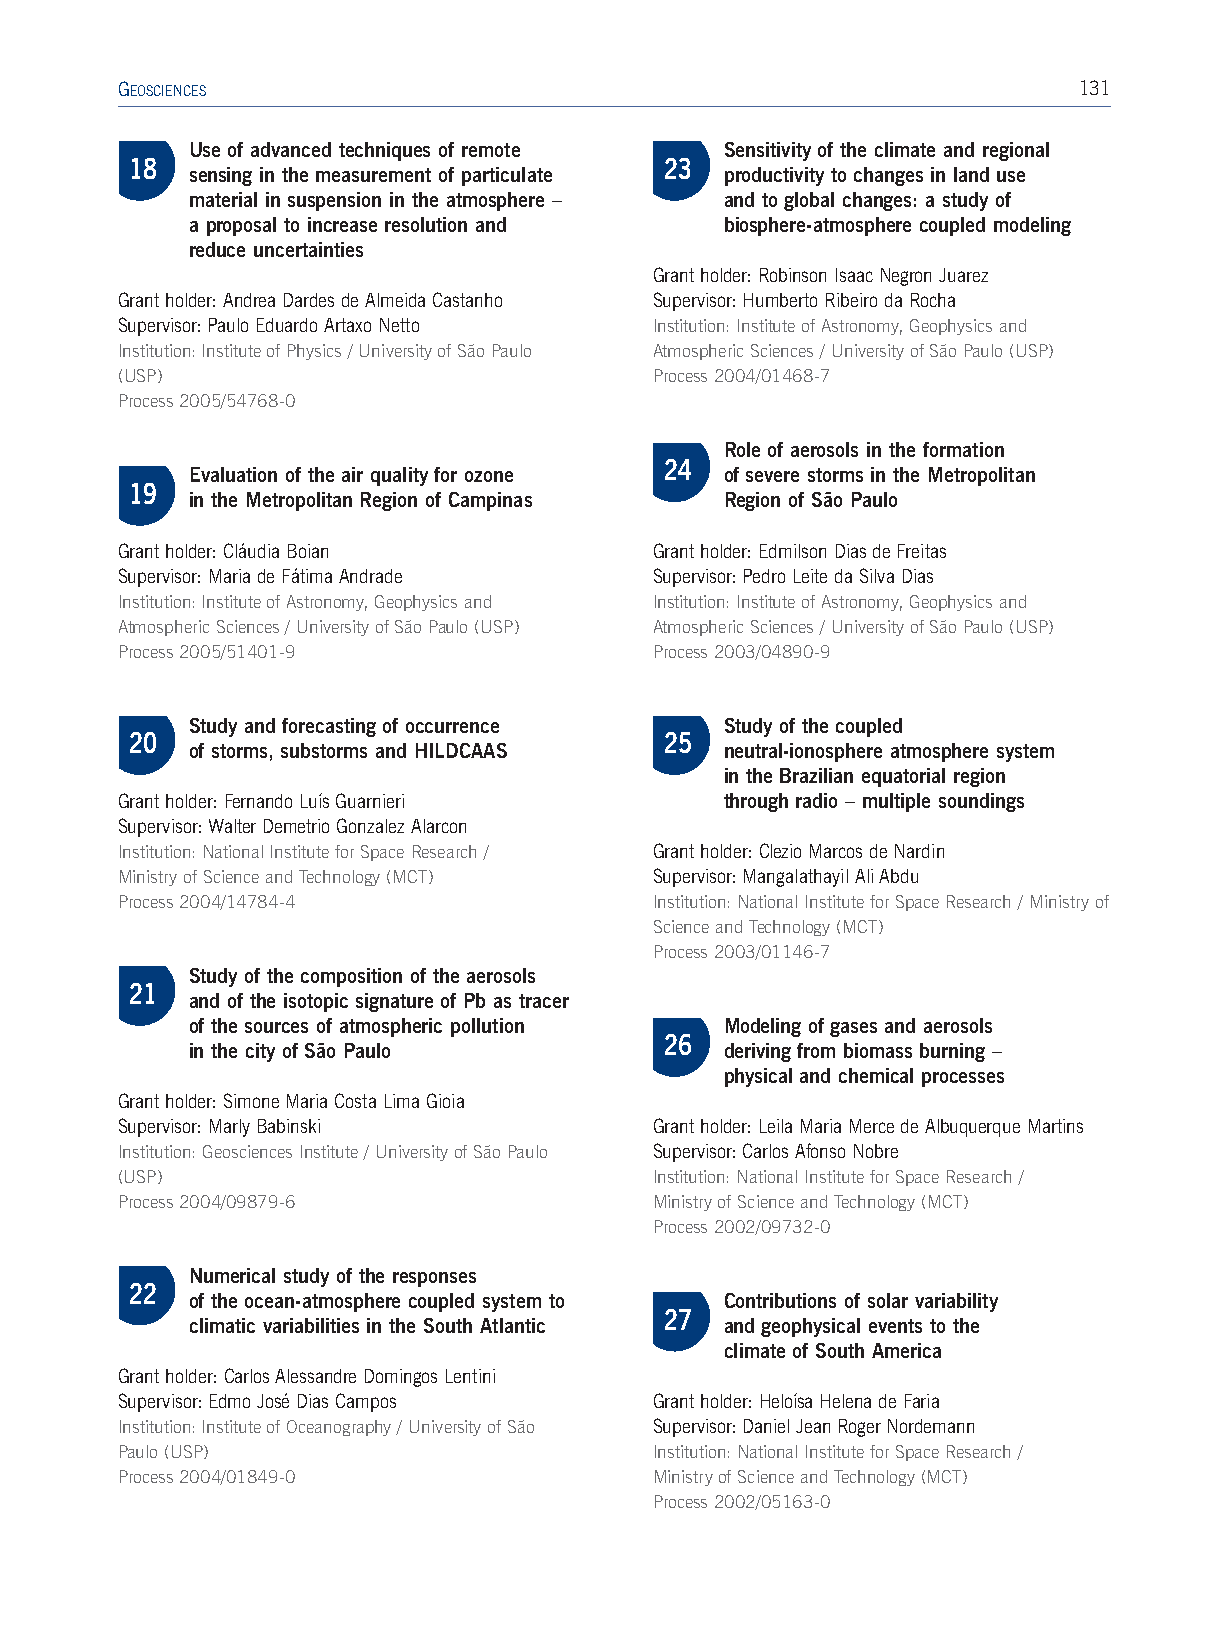
GEOSCIENCES                                                    131
 Use of advanced techniques of remote Sensitivity of the climate and regional
 18                                 23
 sensing in the measurement of particulate productivity to changes in land use
 material in suspension in the atmosphere – and to global changes: a study of
 a proposal to increase resolution and biosphere-atmosphere coupled modeling
 reduce uncertainties
 Grant holder: Robinson Isaac Negron Juarez
 Grant holder: Andrea Dardes de Almeida Castanho Supervisor: Humberto Ribeiro da Rocha
 Supervisor: Paulo Eduardo Artaxo Netto Institution: Institute of Astronomy, Geophysics and
 Institution: Institute of Physics / University of São Paulo Atmospheric Sciences / University of São Paulo (USP)
 (USP)                              Process 2004/01468-7
 Process 2005/54768-0
 Role of aerosols in the formation
 24
 Evaluation of the air quality for ozone of severe storms in the Metropolitan
 19
 in the Metropolitan Region of Campinas Region of São Paulo
 Grant holder: Cláudia Boian        Grant holder: Edmilson Dias de Freitas
 Supervisor: Maria de Fátima Andrade Supervisor: Pedro Leite da Silva Dias
 Institution: Institute of Astronomy, Geophysics and Institution: Institute of Astronomy, Geophysics and
 Atmospheric Sciences / University of São Paulo (USP) Atmospheric Sciences / University of São Paulo (USP)
 Process 2005/51401-9               Process 2003/04890-9
 Study and forecasting of occurrence Study of the coupled
 20                                 25
 of storms, substorms and HILDCAAS  neutral-ionosphere atmosphere system
 in the Brazilian equatorial region
 Grant holder:Fernando Luís Guarnieri    through radio – multiple soundings
 Supervisor:Walter Demetrio Gonzalez Alarcon
 Institution:National Institute for Space Research / Grant holder:Clezio Marcos de Nardin
 Ministry of Science and Technology (MCT) Supervisor: Mangalathayil Ali Abdu
 Process 2004/14784-4               Institution:National Institute for Space Research / Ministryof
 Science and Technology (MCT)
 Process 2003/01146-7
 Study of the composition of the aerosols
 21
 and of the isotopic signature of Pb as tracer
 of the sources of atmospheric pollution Modeling of gases and aerosols
 26
 in the city of São Paulo           deriving from biomass burning –
 physical and chemical processes
 Grant holder: Simone Maria Costa Lima Gioia
 Supervisor: Marly Babinski         Grant holder: Leila Maria Merce de Albuquerque Martins
 Institution: Geosciences Institute / University of São Paulo Supervisor: Carlos Afonso Nobre
 (USP)                              Institution: National Institute for Space Research /
 Process 2004/09879-6               Ministry of Science and Technology (MCT)
 Process 2002/09732-0
 Numerical study of the responses
 22
 of the ocean-atmosphere coupled system to Contributions of solar variability
 27
 climatic variabilities in the South Atlantic and geophysical events to the
 climate of South America
 Grant holder:Carlos Alessandre Domingos Lentini
 Supervisor:Edmo José Dias Campos   Grant holder:Heloísa Helena de Faria
 Institution: Institute of Oceanography / University of São Supervisor: Daniel Jean Roger Nordemann
 Paulo (USP)                        Institution:National Institute for Space Research /
 Process 2004/01849-0               Ministryof Science and Technology (MCT)
 Process 2002/05163-0